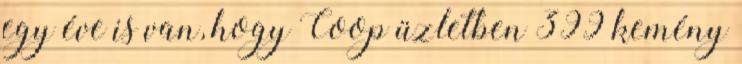
egy éve is van, hogy Coop üzletben 399 kemény